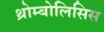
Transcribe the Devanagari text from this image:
थ्रोम्बोलिसिस